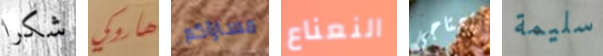
شكرا هاروكي مساؤكم النعناع تحتاجي سليمة